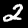
Digit: 2